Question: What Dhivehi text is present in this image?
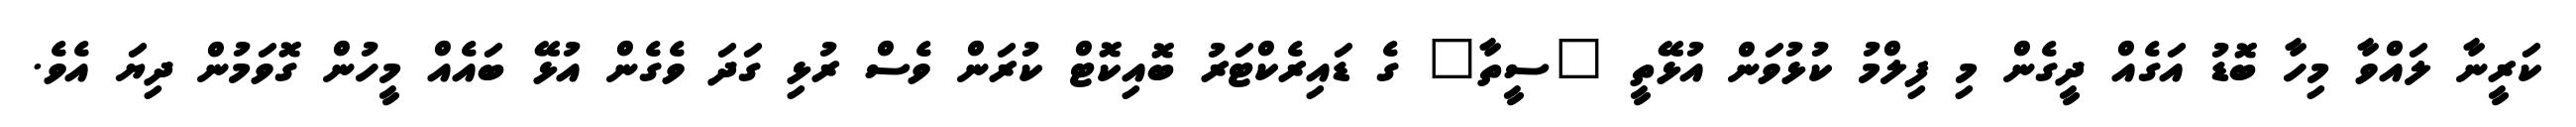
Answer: ކަރީނާ ލައްވާ މިހާ ބޮޑު އަގެއް ދީގެން މި ފިލްމު ކުޅުވަން އުޅޭތީ "ސީތާ" ގެ ޑައިރެކްޓަރު ބޮއިކޮޓް ކުރަން ވެސް ރުޅި ގަދަ ވެގެން އުޅޭ ބައެއް މީހުން ގޮވަމުން ދިޔަ އެވެ.